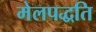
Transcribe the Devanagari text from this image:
मेलपद्धति